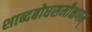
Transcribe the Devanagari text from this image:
शाब्दबोधसमीक्षणम्